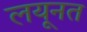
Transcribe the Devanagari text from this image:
लयूनत